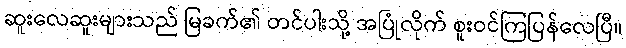
ဆူးလေဆူးများသည် မြခက်၏ တင်ပါးသို့ အပြုံလိုက် စူးဝင်ကြပြန်လေပြီ။